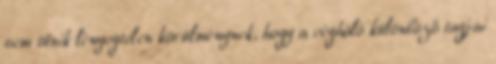
sem tűnik lényegtelen körülménynek, hogy a cégháló különböző tagjai